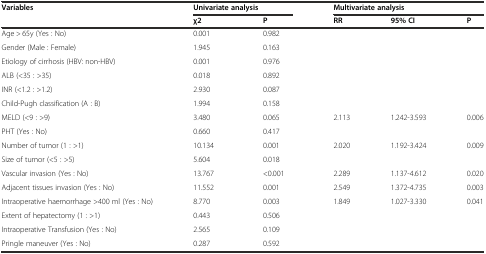
| <ROWSPAN=2> Variables | <COLSPAN=2> Univariate analysis | <COLSPAN=3> Multivariate analysis |
 | χ2 | P | RR | 95% CI | P |
 | --- | --- | --- | --- | --- | --- |
 | Age > 65y (Yes : No) | 0.001 | 0.982 |  |  |  |
 | Gender (Male : Female) | 1.945 | 0.163 |  |  |  |
 | Etiology of cirrhosis (HBV: non-HBV) | 0.001 | 0.976 |  |  |  |
 | ALB (<35 : >35) | 0.018 | 0.892 |  |  |  |
 | INR (<1.2 : >1.2) | 2.930 | 0.087 |  |  |  |
 | Child-Pugh classification (A : B) | 1.994 | 0.158 |  |  |  |
 | MELD (<9 : >9) | 3.480 | 0.065 | 2.113 | 1.242-3.593 | 0.006 |
 | PHT (Yes : No) | 0.660 | 0.417 |  |  |  |
 | Number of tumor (1 : >1) | 10.134 | 0.001 | 2.020 | 1.192-3.424 | 0.009 |
 | Size of tumor (<5 : >5) | 5.604 | 0.018 |  |  |  |
 | Vascular invasion (Yes : No) | 13.767 | <0.001 | 2.289 | 1.137-4.612 | 0.020 |
 | Adjacent tissues invasion (Yes : No) | 11.552 | 0.001 | 2.549 | 1.372-4.735 | 0.003 |
 | Intraoperative haemorrhage >400 ml (Yes : No) | 8.770 | 0.003 | 1.849 | 1.027-3.330 | 0.041 |
 | Extent of hepatectomy (1 : >1) | 0.443 | 0.506 |  |  |  |
 | Intraoperative Transfusion (Yes : No) | 2.565 | 0.109 |  |  |  |
 | Pringle maneuver (Yes : No) | 0.287 | 0.592 |  |  |  |